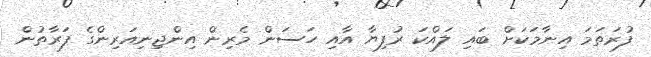
ފުރަތަމަ އިނާމަކަށް ބައި ލައްކަ ރުފިޔާ އާއި ހަސަން މެރިން އިންޖިނިއަރިންގެ ފަރާތުން